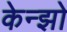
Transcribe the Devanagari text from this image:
केन्झो